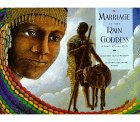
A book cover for Marriage of the Rain Goddess: A South African Myth; Margaret Olivia Wolfson; Children's Books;